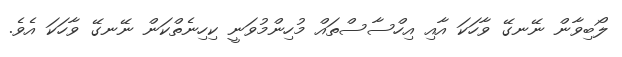
ލޯބިވާން ނޭނގޭ ވާހަކަ އާއި އިހްސާސްތައް މުހިންމުވަނީ ކިހިނެތްކަން ނޭނގޭ ވާހަކަ އެވެ.